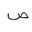
Letter: _sad